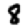
Digit: 8